Medical and sanitary report of the native army of Madras for the year
Year: 1878
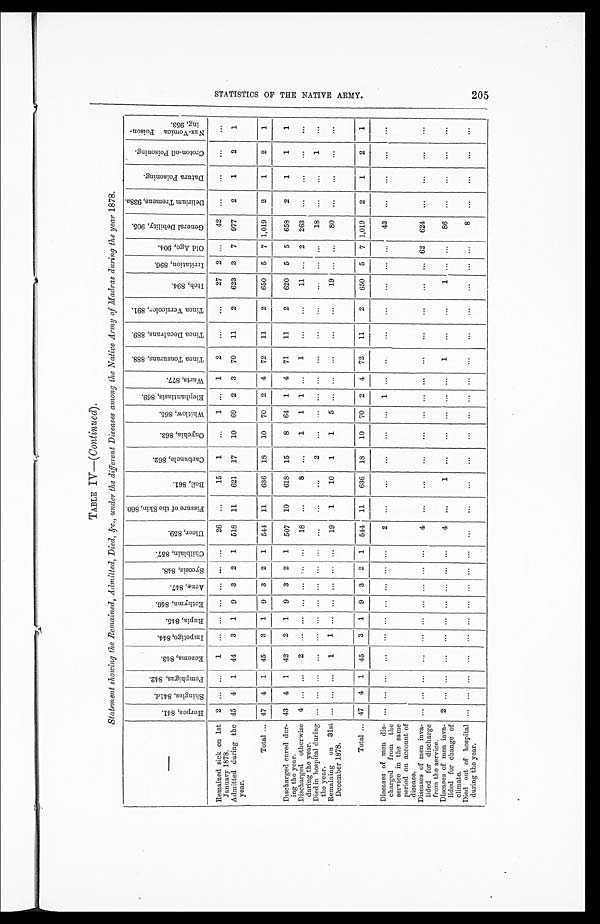
TABLE IV—(Continued) .
Statement showing the Remained, Admitted, Died, &c., under the different Diseases among the Native Army of Madras during the year 1878 .
—
H e r p e s , 8 4 1 .
S h i n g l e s , 8 4 1 d .
P e mp h i g u s , 8 4 2 .
E c z e m a , 8 4 3 .
I m p e t i g o , 8 4 4 .
R u p i a , 8 4 5 .
E c t h y m a , 8 4 6 .
A c n e , 8 4 7 .
S y c o s i s , 8 4 8 .
C h i l b l a i n , 8 5 7 .
U l c e r , 8 5 9 .
F i s s u r e o f t h e S k i n , 8 6 0 .
B o i l , 8 6 1 .
C a r b u n c l e , 8 6 2 .
O n y c h i a , 8 6 3 .
W h i t l o w , 8 6 5 .
E l e p h a n t i a s i s , 8 6 9 .
W a r t s , 8 7 7 .
T i n e a T o n s u r a n s , 8 8 8 .
T i n e a D e c a l v a n s , 8 8 9 .
T i n e a V e r s i c o l o r , 8 9 1 .
I t c h , 8 9 4 .
I r r i t a t i o n , 8 9 6 .
O l d A g e , 9 0 4 .
G e n e r a l D e b i l i t y , 9 0 5 .
D e l i r i u m T r e m e n s , 9 3 8
a .
D a t u r a P o i s o n i n g .
C r o t o n - o i l P o i s o n i n g .
N u x - V o m i c a P o i s o n - i n g , 9 5 3 .
Remained sick on 1st
January 1878.
2
. . . . . .
1
. . .
. . .
. . .
. . .
. . .
. . .
26
. . .
15
1
. . .
1
. . . 1
2
. . .
. . .
27
2
. . .
42
. . .
. . .
. . .
. . .
Admitted during the
year.
45
4
1
44
3
1
9
3
2
1
518
11
621
17
10
69
2
3
70
11
2
623
3
7
977
2
1
2
1
Total . . . 47
4
1
45
3
1
9
3
2
1
544
11
636
18
10
70
2
4
72
11
2
650
5
7 1,019
2
1
2
1
Discharged cured dur-
ing the year.
43
4
1
42
2
1
9
3
2
1
507
10
618
15
8
64
1
4
71
11
2
620
5
5
658
2
1
1
1
Discharged otherwise
during the year.
4
. . .
. . .
2
. . .
. . .
. . .
. . .
. . .
. . .
18
. . .
8
. . .
1
1
1
. . .
1
. . .
. . .
11
. . . 2
263
. . .
. . .
. . .
. . .
Died in hospital during
the year.
. . .
. . .
. . .
. . .
. . .
. . .
. . .
. . .
. . .
. . .
. . .
. . .
. . .
2
. . .
. . .
. . .
. . .
. . .
. . .
. . .
. . .
. . .
. . .
18
. . .
. . .
1
. . .
Remaining on 31st
December 1878.
. . .
. . .
. . .
1
1
. . .
. . .
. . .
. . .
. . .
19
1
10
1
1
5
. . .
. . .
. . .
. . .
. . .
19
. . .
. . .
80
. . .
. . .
. . .
. . .
Total . . . 47
4
1
45
3
1
9
3
2
1
544
11
636
18
10
70
2
4
72
11
2
650
5
7 1,019
2
1
2
1
Diseases of men dis-
charged from the
service in the same
period on account of
disease.
. . .
. . .
. . .
. . .
. . .
. . .
. . .
. . .
. . .
. . .
2
. . .
. . .
. . .
. . .
. . . 1
. . .
. . .
. . .
. . .
. . .
. . .
. . .
43
. . .
. . .
. . .
. . .
Diseases of men inva-
lided for discharge
from the service.
. . .
. . . . . .
. . .
. . .
. . .
. . .
. . .
. . .
. . .
4
. . .
. . .
. . .
. . .
. . .
. . .
. . .
. . .
. . .
. . .
. . .
. . . 62
624
. . .
. . .
. . .
. . .
Diseases of men inva-
lided for change of
climate.
2
. . . . . .
. . .
. . .
. . .
. . .
. . .
. . .
. . .
4
. . .
1
. . .
. . .
. . .
. . .
. . .
1
. . .
. . .
1 . . .
. . . 86
. . .
. . .
. . .
. . .
Died out of hospital
during the year.
. . .
. . . . . .
. . .
. . .
. . .
. . .
. . .
. . .
. . .
. . .
. . .
. . .
. . .
. . .
. . .
. . .
. . .
. . .
. . .
. . .
. . .
. . .
. . .
8
. . .
. . .
. . .
. . .
S T A T I S T I C S O F T H E N A T I V E A R M Y .
205